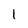
Character: 1